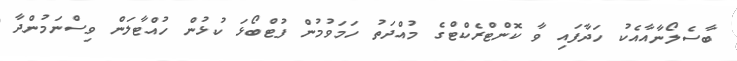
ބާސެލޯނާއާއެކު ހަދާފައި ވާ ކޮންޓްރެކްޓްގެ މުއްދަތު ހަމަވުމުން ފުޓްބޯޅަ ކުޅުން ހުއްޓާލަން ވިސްނަމުންދާ